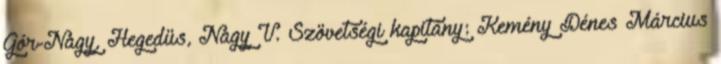
Gór-Nagy, Hegedüs, Nagy V. Szövetségi kapitány: Kemény Dénes Március